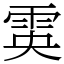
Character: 雵